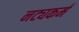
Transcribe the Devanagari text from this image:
नट्यकर्म